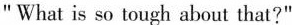
"What is so tough about that?"